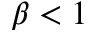
\beta < 1